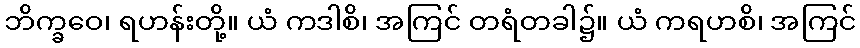
ဘိက္ခဝေ၊ ရဟန်းတို့။ ယံ ကဒါစိ၊ အကြင် တရံတခါ၌။ ယံ ကရဟစိ၊ အကြင်